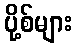
ပို့စ်များ